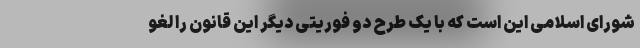
شورای اسلامی این است که با یک طرح دو فوریتی دیگر این قانون را لغو